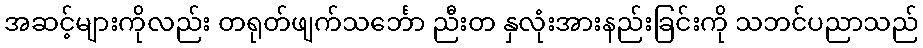
အဆင့်များကိုလည်း တရုတ်ဖျက်သင်္ဘော ညီးတ နှလုံးအားနည်းခြင်းကို သဘင်ပညာသည်